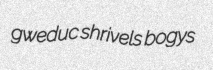
gweduc shrivels bogys